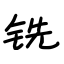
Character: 铣